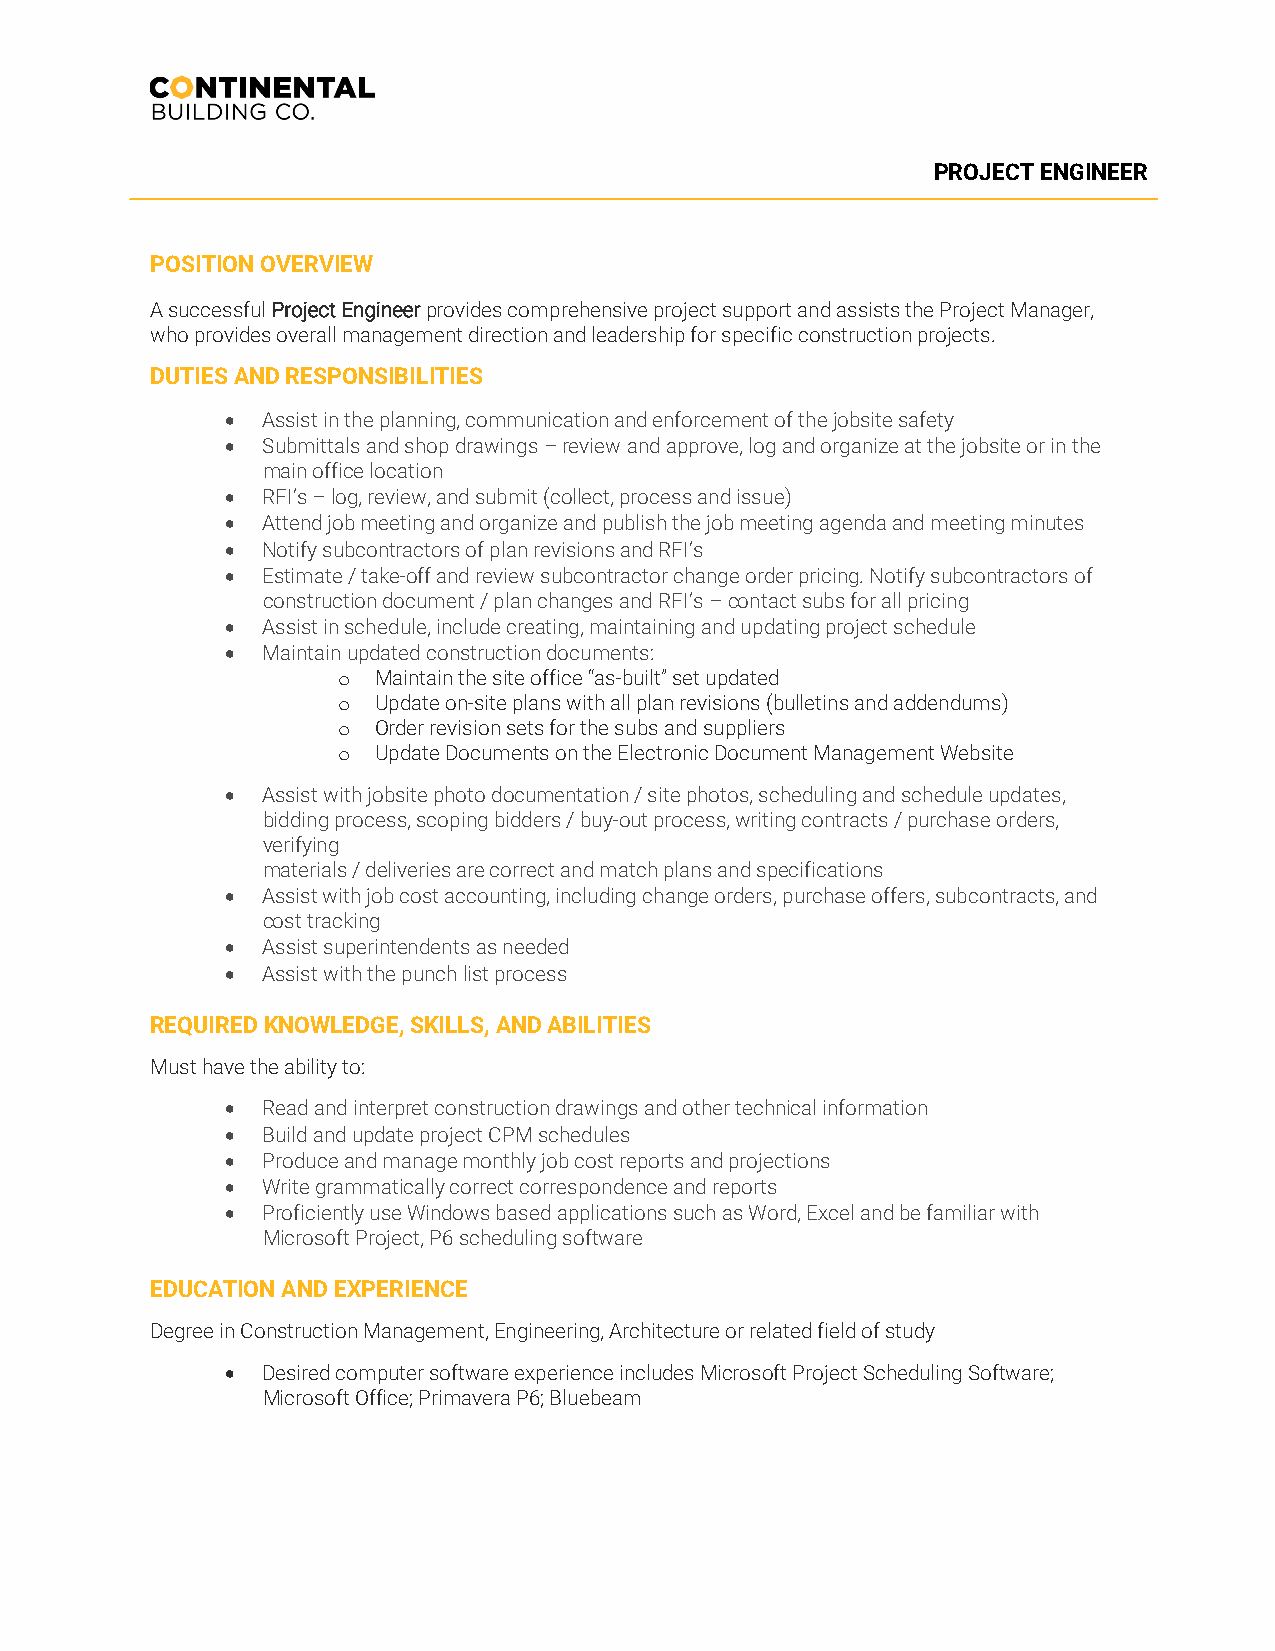
PROJECT ENGINEER
 POSITION OVERVIEW
 A successful Project Engineer provides comprehensive project support and assists the Project Manager,
 who provides overall management direction and leadership for specific construction projects.
 DUTIES AND RESPONSIBILITIES
 • Assist in the planning, communication and enforcement of the jobsite safety
 • Submittals and shop drawings – review and approve, log and organize at the jobsite or in the
 main office location
 • RFI’s – log, review, and submit (collect, process and issue)
 • Attend job meeting and organize and publish the job meeting agenda and meeting minutes
 • Notify subcontractors of plan revisions and RFI’s
 • Estimate / take-off and review subcontractor change order pricing. Notify subcontractors of
 construction document / plan changes and RFI’s – contact subs for all pricing
 • Assist in schedule, include creating, maintaining and updating project schedule
 • Maintain updated construction documents:
 Maintain the site office “as-built” set updated
 o
 Update on-site plans with all plan revisions (bulletins and addendums)
 o
 Order revision sets for the subs and suppliers
 o
 Update Documents on the Electronic Document Management Website
 o
 • Assist with jobsite photo documentation / site photos, scheduling and schedule updates,
 bidding process, scoping bidders / buy-out process, writing contracts / purchase orders,
 verifying
 materials / deliveries are correct and match plans and specifications
 • Assist with job cost accounting, including change orders, purchase offers, subcontracts, and
 cost tracking
 • Assist superintendents as needed
 • Assist with the punch list process
 REQUIRED KNOWLEDGE, SKILLS, AND ABILITIES
 Must have the ability to:
 • Read and interpret construction drawings and other technical information
 • Build and update project CPM schedules
 • Produce and manage monthly job cost reports and projections
 • Write grammatically correct correspondence and reports
 • Proficiently use Windows based applications such as Word, Excel and be familiar with
 Microsoft Project, P6 scheduling software
 EDUCATION AND EXPERIENCE
 Degree in Construction Management, Engineering, Architecture or related field of study
 • Desired computer software experience includes Microsoft Project Scheduling Software;
 Microsoft Office; Primavera P6; Bluebeam